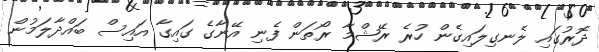
ދޮރުގައި ލެނގިލައިގެން ހުރެ ރޭޝްމާ ރޯތަން ފެނި އޭނާގެ ގައިގާ އައިސް ބައްދާލަމުން